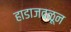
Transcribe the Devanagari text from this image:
हाडाजवळून